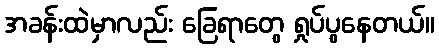
အခန်းထဲမှာလည်း ခြေရာတွေ ရှုပ်ပွနေတယ်။